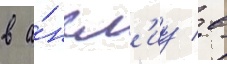
в а́нгл'иу / в